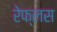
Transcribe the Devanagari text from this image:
रेफ्लस